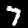
Digit: 7